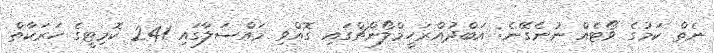
ނެތް ކަމުގެ ވޯޓެއް ނުނެގޭނެ: އަބްދުއްރަހީމްލޯންޗްގައި ގޮއްވި މައްސަލާގައި 241 ކޮމިޓީގެ ހަރަކާތް